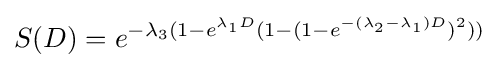
S(D)=e^{-\lambda _{3}(1-e^{\lambda _{1}D}(1-(1-e^{-(\lambda _{2}-\lambda _{1})D})^{2}))}